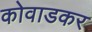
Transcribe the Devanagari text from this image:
कोवाडकर